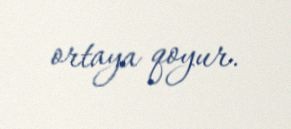
ortaya qoyur.